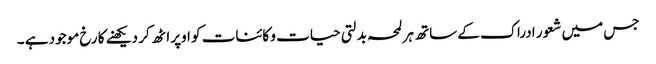
جس میں شعور ادراک کے ساتھ ہر لمحہ بدلتی حیات و کائنات کو اوپر اٹھ کر دیکھنے کا رخ موجود ہے ۔